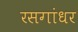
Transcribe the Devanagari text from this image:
रसगांधर